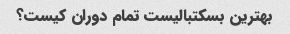
بهترین بسکتبالیست تمام دوران کیست؟